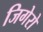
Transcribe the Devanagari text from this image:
जिगेरो